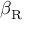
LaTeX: \beta _ { \mathrm { R } }